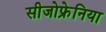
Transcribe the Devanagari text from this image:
सीजोफ्रेनिया